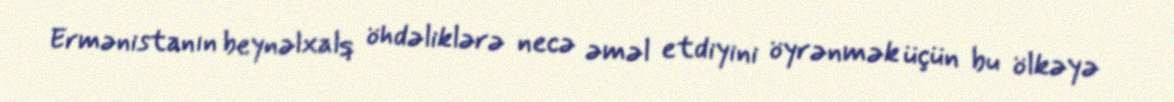
Ermənistanın beynəlxalq öhdəliklərə necə əməl etdiyini öyrənmək üçün bu ölkəyə